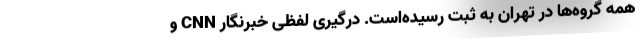
همه گروه‌ها در تهران به ثبت رسیده‌است. درگیری لفظی خبرنگار CNN و